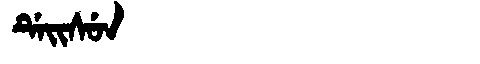
Manchu: ᡩᡝᡳᠰᡠᠨ
Romanization: DEISUN